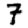
Digit: 7